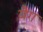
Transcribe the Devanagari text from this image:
वैग